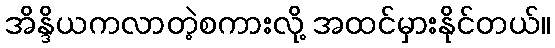
အိန္ဒိယကလာတဲ့စကားလို့ အထင်မှားနိုင်တယ်။